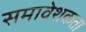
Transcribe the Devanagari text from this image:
समावेशकता